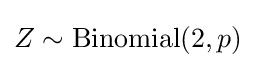
Z\sim \mathrm {Binomial} (2,p)\,\!